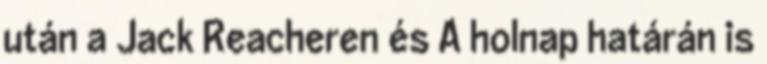
után a Jack Reacheren és A holnap határán is